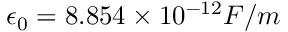
\epsilon _ { 0 } = 8 . 8 5 4 \times 1 0 ^ { - 1 2 } F / m